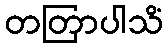
တတြာပါသိံ